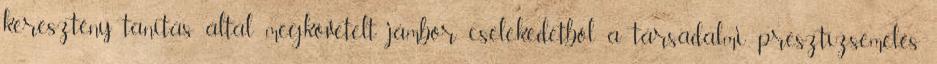
keresztény tanítás által megkövetelt jámbor cselekedetből a társadalmi presztízsemelés